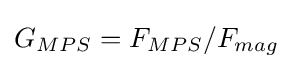
G_{MPS}=F_{MPS}/F_{mag}